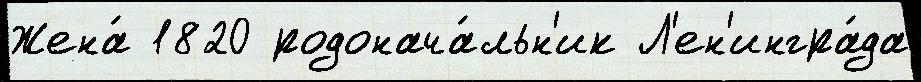
Жена́ 1820 родонача́льн'ик Л'ен'ингра́да